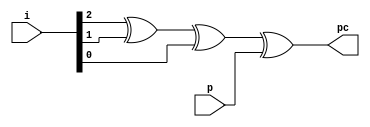
`timescale 1ns / 1ps
//////////////////////////////////////////////////////////////////////////////////
// Company: 
// Engineer: 
// 
// Design Name: 
// Module Name:    even_p_check_3bit 
// Project Name: 
// Target Devices: 
// Tool versions: 
// Description: 
//
// Dependencies: 
//
// Revision: 
// Revision 0.01 - File Created
// Additional Comments: 
//
//////////////////////////////////////////////////////////////////////////////////
module even_p_check_3bit(pc, i, p);
	input [2:0]i;
	input p;
	output pc;
	
	xor xor1(pc, i[2], i[1], i[0], p);

endmodule